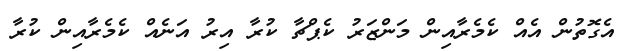
އެގޮތުން އެއް ކެމެރާއިން މަންޒަރު ކެޕްޗާ ކުރާ އިރު އަނެއް ކެމެރާއިން ކުރާ